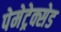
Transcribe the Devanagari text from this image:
पेमेट्रेक्सेड